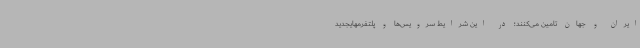
ایران و جهان تامین می‌کنند؛ در این شرایط سرویس‌ها و پلتفرمهایجدید